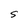
Character: S